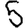
Digit: 5